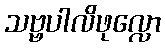
သဗ္ဗပါလိဖုလ္လော